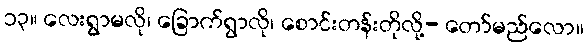
၁၃။ လေးရွာမလို၊ ခြောက်ရွာလို၊ စောင်းတန်းတိုလို့- တော်မည်လော။